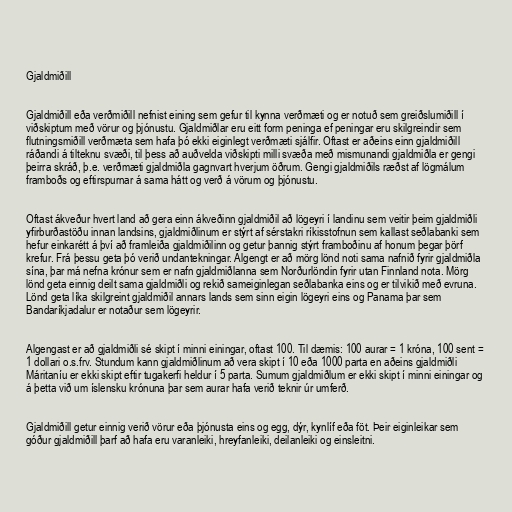
Gjaldmiðill

Gjaldmiðill eða verðmiðill nefnist eining sem gefur til kynna verðmæti og er notuð sem greiðslumiðill í
viðskiptum með vörur og þjónustu. Gjaldmiðlar eru eitt form peninga ef peningar eru skilgreindir sem
flutningsmiðill verðmæta sem hafa þó ekki eiginlegt verðmæti sjálfir. Oftast er aðeins einn gjaldmiðill
ráðandi á tilteknu svæði, til þess að auðvelda viðskipti milli svæða með mismunandi gjaldmiðla er gengi
þeirra skráð, þ.e. verðmæti gjaldmiðla gagnvart hverjum öðrum. Gengi gjaldmiðils ræðst af lögmálum
framboðs og eftirspurnar á sama hátt og verð á vörum og þjónustu.

Oftast ákveður hvert land að gera einn ákveðinn gjaldmiðil að lögeyri í landinu sem veitir þeim gjaldmiðli
yfirburðastöðu innan landsins, gjaldmiðlinum er stýrt af sérstakri ríkisstofnun sem kallast seðlabanki sem
hefur einkarétt á því að framleiða gjaldmiðilinn og getur þannig stýrt framboðinu af honum þegar þörf
krefur. Frá þessu geta þó verið undantekningar. Algengt er að mörg lönd noti sama nafnið fyrir gjaldmiðla
sína, þar má nefna krónur sem er nafn gjaldmiðlanna sem Norðurlöndin fyrir utan Finnland nota. Mörg
lönd geta einnig deilt sama gjaldmiðli og rekið sameiginlegan seðlabanka eins og er tilvikið með evruna.
Lönd geta líka skilgreint gjaldmiðil annars lands sem sinn eigin lögeyri eins og Panama þar sem
Bandaríkjadalur er notaður sem lögeyrir.

Algengast er að gjaldmiðli sé skipt í minni einingar, oftast 100. Til dæmis: 100 aurar = 1 króna, 100 sent =
1 dollari o.s.frv. Stundum kann gjaldmiðlinum að vera skipt í 10 eða 1000 parta en aðeins gjaldmiðli
Máritaníu er ekki skipt eftir tugakerfi heldur í 5 parta. Sumum gjaldmiðlum er ekki skipt í minni einingar og
á þetta við um íslensku krónuna þar sem aurar hafa verið teknir úr umferð.

Gjaldmiðill getur einnig verið vörur eða þjónusta eins og egg, dýr, kynlíf eða föt. Þeir eiginleikar sem
góður gjaldmiðill þarf að hafa eru varanleiki, hreyfanleiki, deilanleiki og einsleitni.